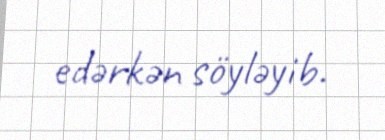
edərkən söyləyib.